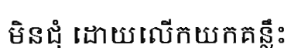
មិនជុំ ដោយលើកយកគន្លឹះ